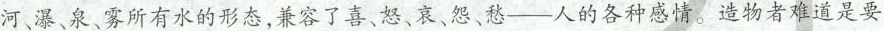
河、瀑、泉、雾所有水的形态，兼容了喜、怒、哀、怨、愁-人的各种感情。造物者难道是要